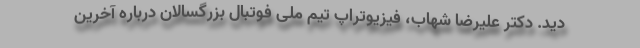
دید. دکتر علیرضا شهاب، فیزیوتراپ تیم ملی فوتبال بزرگسالان درباره آخرین